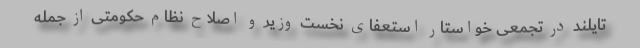
تایلند در تجمعی خواستار استعفای نخست وزیر و اصلاح نظام حکومتی از جمله